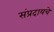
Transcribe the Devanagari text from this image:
संप्रदायचे